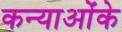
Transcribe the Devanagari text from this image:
कन्याओंके